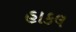
હાકલ